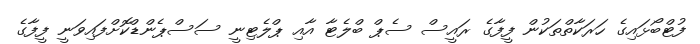
ފުޓްބޯޅައިގެ ހަރަކާތްތަކުން ފީފާގެ ރައީސް ސެޕް ބްލެޓާ އާއި ޕްލެޓިނީ ސަސްޕެންޑްކޮށްފައިވަނީ ފީފާގެ